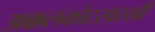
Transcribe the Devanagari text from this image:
अक्कलकोटसारखी